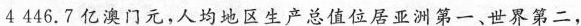
4446.7亿澳门元，人均地区生产总值位居亚洲第一、世界第二，